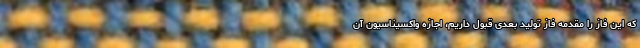
که این فاز را مقدمه فاز تولید بعدی قبول داریم، اجازه واکسیناسیون آن